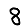
Digit: 8